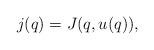
LaTeX: \begin{align*}j(q) = J(q,u(q)),\end{align*}